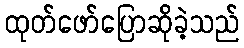
ထုတ်ဖော်ပြောဆိုခဲ့သည်